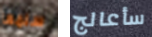
سلمها سأعالج